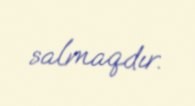
salmaqdır.